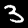
Digit: 3